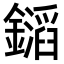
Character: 𨭡